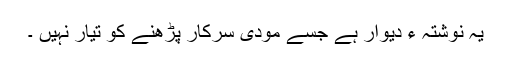
یہ نوشتہ ءِ دیوار ہے جسے مودی سرکار پڑھنے کو تیار نہیں ۔